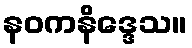
နဝကနိဒ္ဒေသ။